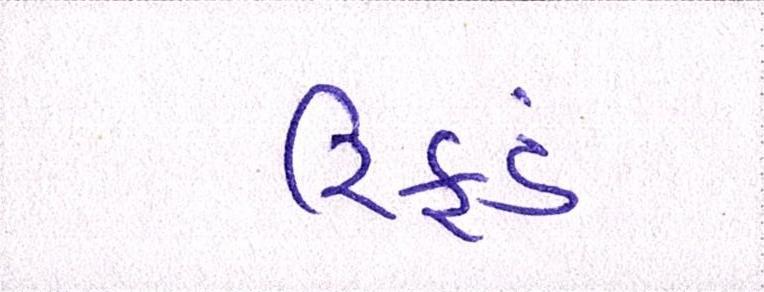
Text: રિફડં